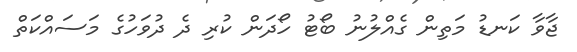
ޖާވާ ކަނޑު މަތިން ގެއްލުނު ބޯޓު ހޯދަން ކުރި ދެ ދުވަހުގެ މަސައްކަތް